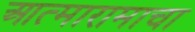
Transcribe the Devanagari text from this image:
आत्मारामाचा